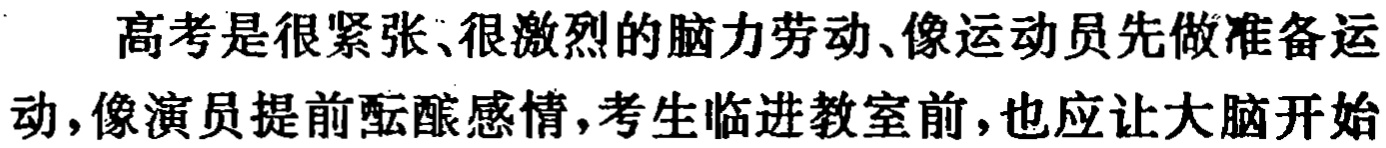
高考是很紧张、很激烈的脑力劳动、像运动员先做准备运动,像演员提前酝酿感情,考生临进教室前,也应让大脑开始